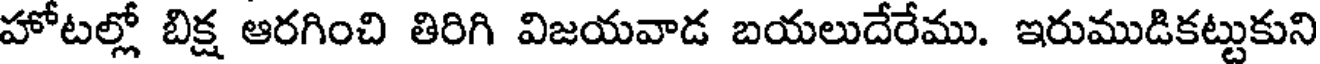
హోటల్లో బిక్ష ఆరగించి తిరిగి విజయవాడ బయలుదేరేము. ఇరుముడికట్టుకుని